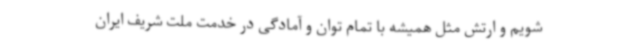
شویم و ارتش مثل همیشه با تمام توان و آمادگی در خدمت ملت شریف ایران